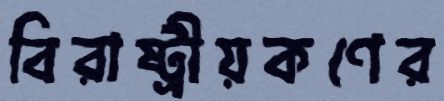
বিরাষ্ট্রীয়কণের